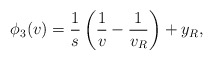
\begin{align*}\phi_3(v)&=\frac{1}{s}\left(\frac{1}{v}-\frac{1}{v_R}\right)+y_R,\end{align*}